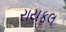
રાયફલ